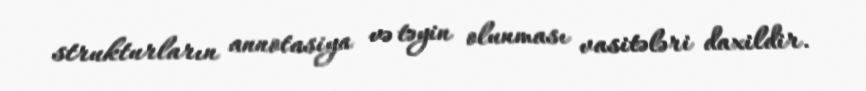
strukturların annotasiya və təyin olunması vasitələri daxildir.